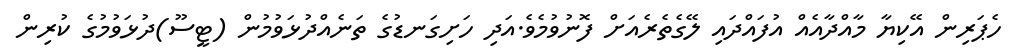
ހެޕަރިން އޭކިޔާ މާއްދާއެއް އުފައްދައި ލޭގެތެރެއަށް ފޮނުވުމެވެ.އަދި ހަށިގަނޑުގެ ތަނެއްދުޅަވުމުން (ޓީސޫ)ދުޅަވުމުގެ ކުރިން